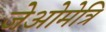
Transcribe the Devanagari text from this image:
जेओमेत्रि